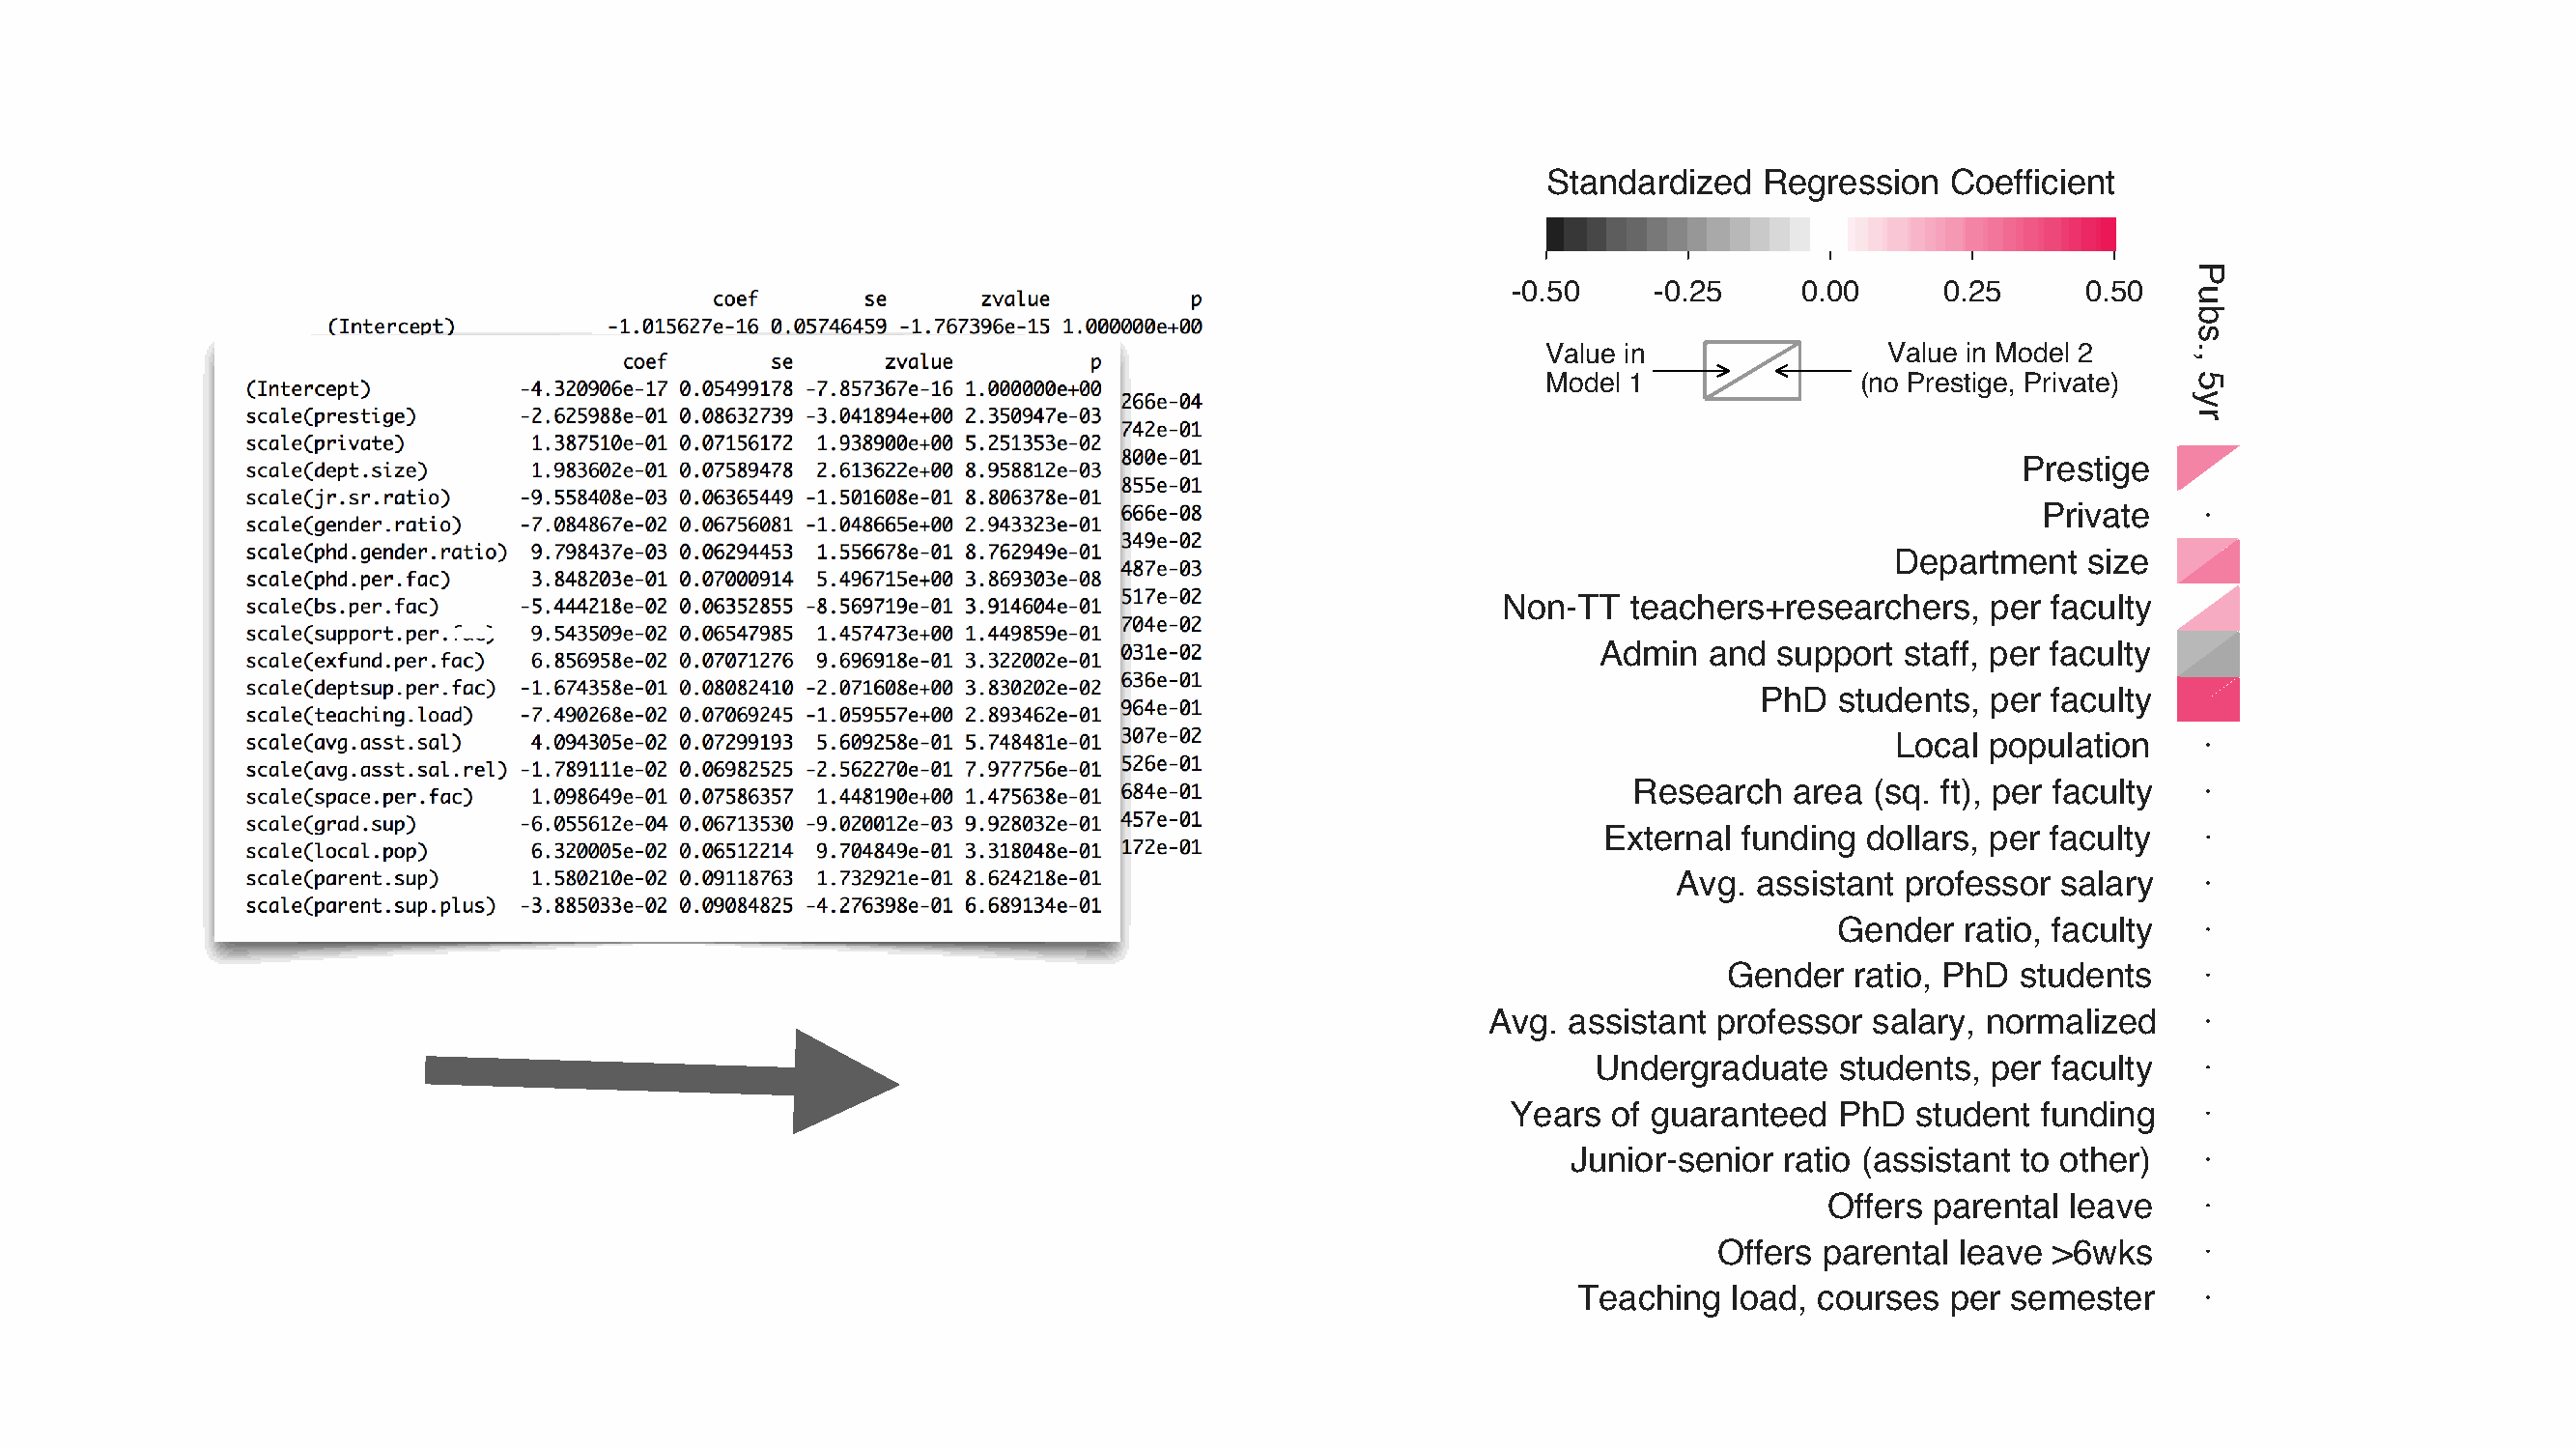
Standardized   Regression   Coefficient
 -0.50    -0.25     0.00      0.25      0.50
 Value in               Value in Model 2
 Model 1              (no Prestige, Private)
 Prestige
 Private
 Department   size
 Non-TT   teachers+researchers,   per  faculty
 Admin  and  support staff, per faculty
 PhD  students, per  faculty
 Local population
 Research   area (sq. ft), per faculty
 External funding  dollars, per faculty
 Avg. assistant  professor salary
 Gender   ratio, faculty
 Gender   ratio, PhD students
 Avg. assistant  professor salary, normalized
 Undergraduate    students, per  faculty
 Years  of guaranteed   PhD  student  funding
 Junior-senior ratio (assistant to other)
 Offers parental  leave
 Offers parental leave  >6wks
 Teaching   load, courses  per semester
 Pubs.,
 5yr
 Pubs.,
 10yr
 Contributions,
 5y
 Contributions,
 10yr
 Citations,
 5yr
 Citations,
 10yr
 In-dept.
 collabs.
 Out-dept.
 collabs.